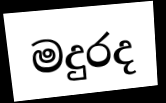
මදුරද